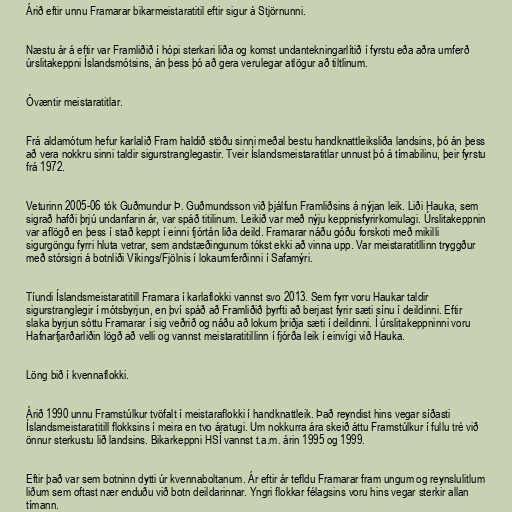
Árið eftir unnu Framarar bikarmeistaratitil eftir sigur á Stjörnunni.

Næstu ár á eftir var Framliðið í hópi sterkari liða og komst undantekningarlítið í fyrstu eða aðra umferð
úrslitakeppni Íslandsmótsins, án þess þó að gera verulegar atlögur að tiltlinum.

Óvæntir meistaratitlar.

Frá aldamótum hefur karlalið Fram haldið stöðu sinni meðal bestu handknattleiksliða landsins, þó án þess
að vera nokkru sinni taldir sigurstranglegastir. Tveir Íslandsmeistaratitlar unnust þó á tímabilinu, þeir fyrstu
frá 1972.

Veturinn 2005-06 tók Guðmundur Þ. Guðmundsson við þjálfun Framliðsins á nýjan leik. Liði Hauka, sem
sigrað hafði þrjú undanfarin ár, var spáð titilinum. Leikið var með nýju keppnisfyrirkomulagi. Úrslitakeppnin
var aflögð en þess í stað keppt í einni fjórtán liða deild. Framarar náðu góðu forskoti með mikilli
sigurgöngu fyrri hluta vetrar, sem andstæðingunum tókst ekki að vinna upp. Var meistaratitllinn tryggður
með stórsigri á botnliði Víkings/Fjölnis í lokaumferðinni í Safamýri.

Tíundi Íslandsmeistaratitill Framara í karlaflokki vannst svo 2013. Sem fyrr voru Haukar taldir
sigurstranglegir í mótsbyrjun, en því spáð að Framliðið þyrfti að berjast fyrir sæti sínu í deildinni. Eftir
slaka byrjun sóttu Framarar í sig veðrið og náðu að lokum þriðja sæti í deildinni. Í úrslitakeppninni voru
Hafnarfjarðarliðin lögð að velli og vannst meistaratitillinn í fjórða leik í einvígi við Hauka.

Löng bið í kvennaflokki.

Árið 1990 unnu Framstúlkur tvöfalt í meistaraflokki í handknattleik. Það reyndist hins vegar síðasti
Íslandsmeistaratitill flokksins í meira en tvo áratugi. Um nokkurra ára skeið áttu Framstúlkur í fullu tré við
önnur sterkustu lið landsins. Bikarkeppni HSÍ vannst t.a.m. árin 1995 og 1999.

Eftir það var sem botninn dytti úr kvennaboltanum. Ár eftir ár tefldu Framarar fram ungum og reynslulitlum
liðum sem oftast nær enduðu við botn deildarinnar. Yngri flokkar félagsins voru hins vegar sterkir allan
tímann.